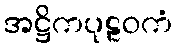
အဋ္ဌိကပုဠဝကံ